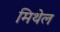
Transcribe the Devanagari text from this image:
मिथेल